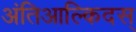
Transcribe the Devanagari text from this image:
अंतिआल्किदस्